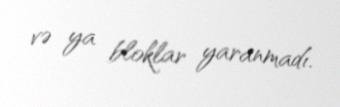
və ya bloklar yaranmadı.